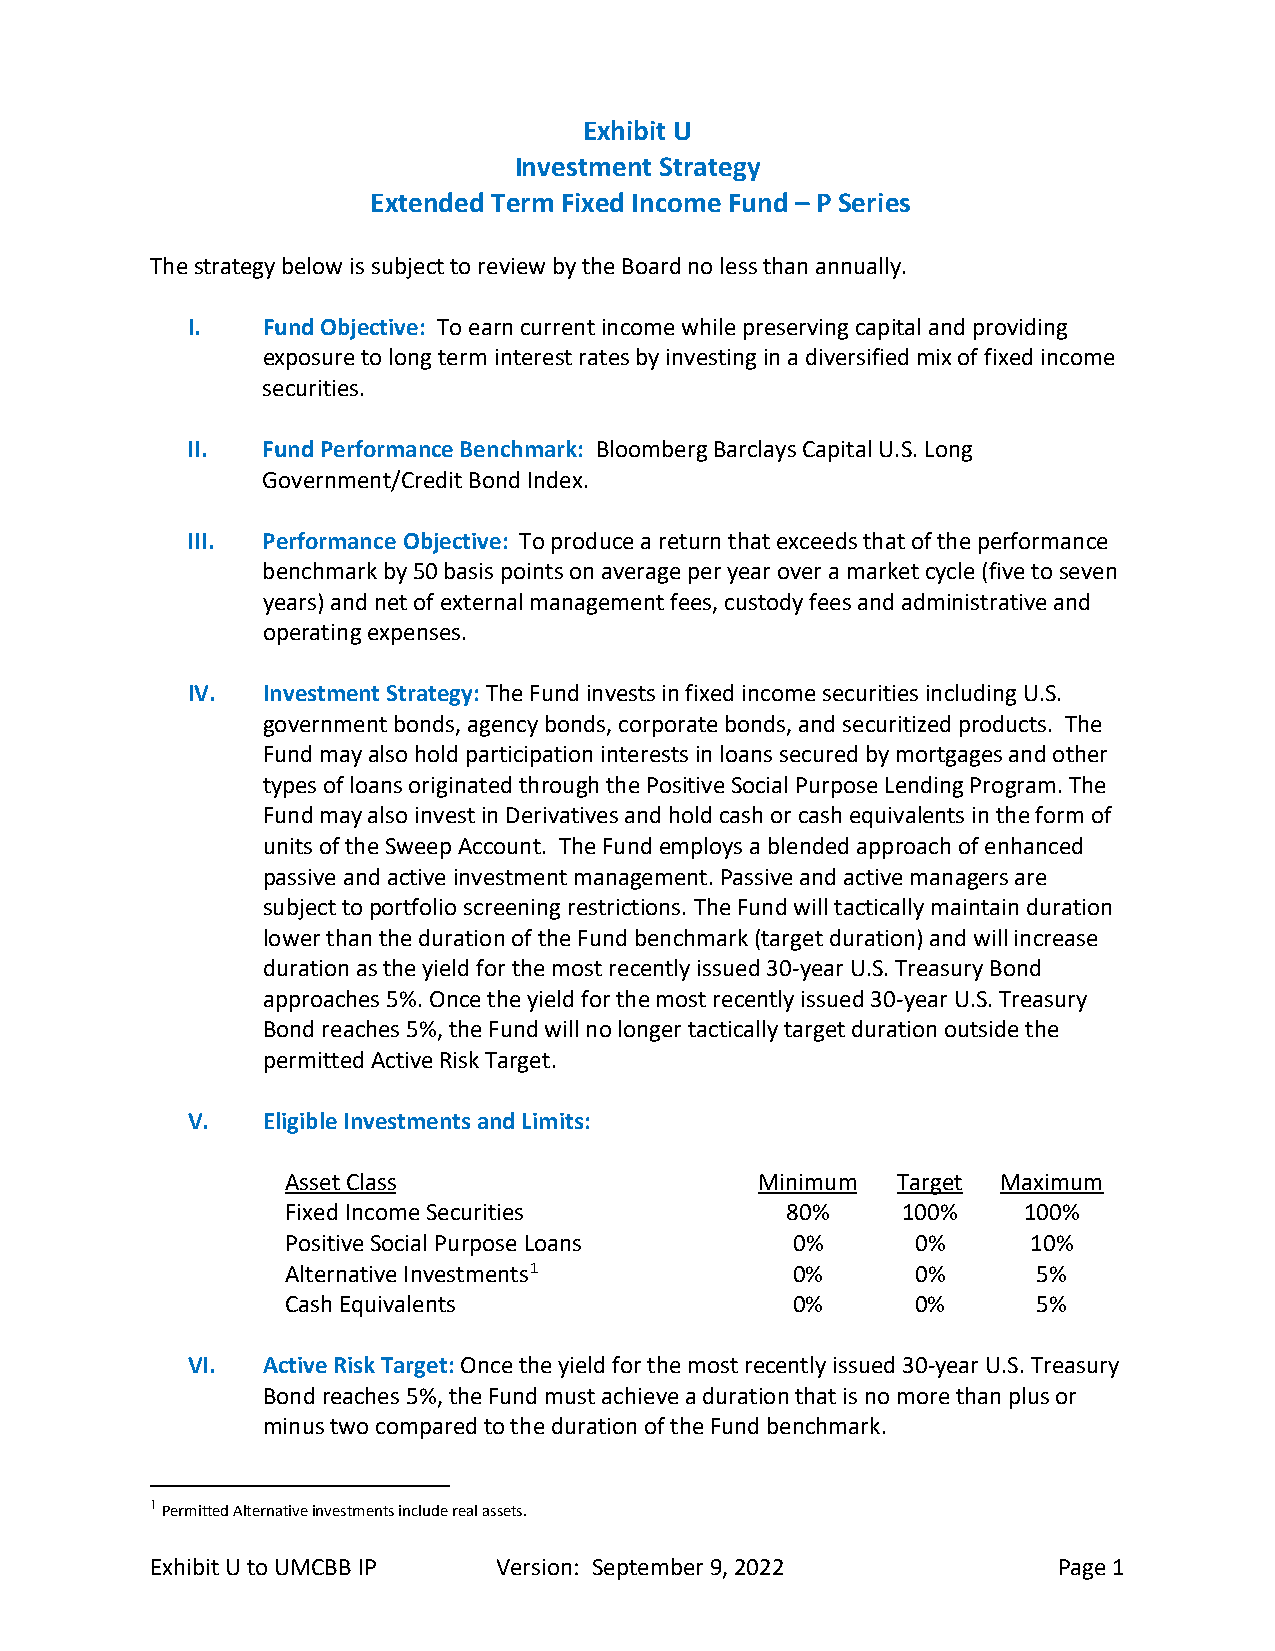
Exhibit U
 Investment Strategy
 Extended Term Fixed Income Fund – P Series
 The strategy below is subject to review by the Board no less than annually.
 I.   Fund Objective: To earn current income while preserving capital and providing
 exposure to long term interest rates by investing in a diversified mix of fixed income
 securities.
 II.  Fund Performance Benchmark: Bloomberg Barclays Capital U.S. Long
 Government/Credit Bond Index.
 III. Performance Objective: To produce a return that exceeds that of the performance
 benchmark by 50 basis points on average per year over a market cycle (five to seven
 years) and net of external management fees, custody fees and administrative and
 operating expenses.
 IV.  Investment Strategy: The Fund invests in fixed income securities including U.S.
 government bonds, agency bonds, corporate bonds, and securitized products. The
 Fund may also hold participation interests in loans secured by mortgages and other
 types of loans originated through the Positive Social Purpose Lending Program. The
 Fund may also invest in Derivatives and hold cash or cash equivalents in the form of
 units of the Sweep Account. The Fund employs a blended approach of enhanced
 passive and active investment management. Passive and active managers are
 subject to portfolio screening restrictions. The Fund will tactically maintain duration
 lower than the duration of the Fund benchmark (target duration) and will increase
 duration as the yield for the most recently issued 30-year U.S. Treasury Bond
 approaches 5%. Once the yield for the most recently issued 30-year U.S. Treasury
 Bond reaches 5%, the Fund will no longer tactically target duration outside the
 permitted Active Risk Target.
 V.   Eligible Investments and Limits:
 Asset Class                    Minimum  Target Maximum
 Fixed Income Securities          80%     100%    100%
 Positive Social Purpose Loans    0%       0%     10%
 Alternative Investments1         0%       0%      5%
 Cash Equivalents                 0%       0%      5%
 VI.  Active Risk Target: Once the yield for the most recently issued 30-year U.S. Treasury
 Bond reaches 5%, the Fund must achieve a duration that is no more than plus or
 minus two compared to the duration of the Fund benchmark.
 1 Permitted Alternative investments include real assets.
 Exhibit U to UMCBB IP  Version: September 9, 2022           Page 1